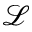
\mathcal { L }